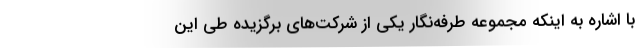
با اشاره به اینکه مجموعه طرفه‌نگار یکی از شرکت‌های برگزیده طی این